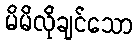
မိမိလိုချင်သော